Sketch of the medical history of the native army of Bombay, for the year
Year: 1876
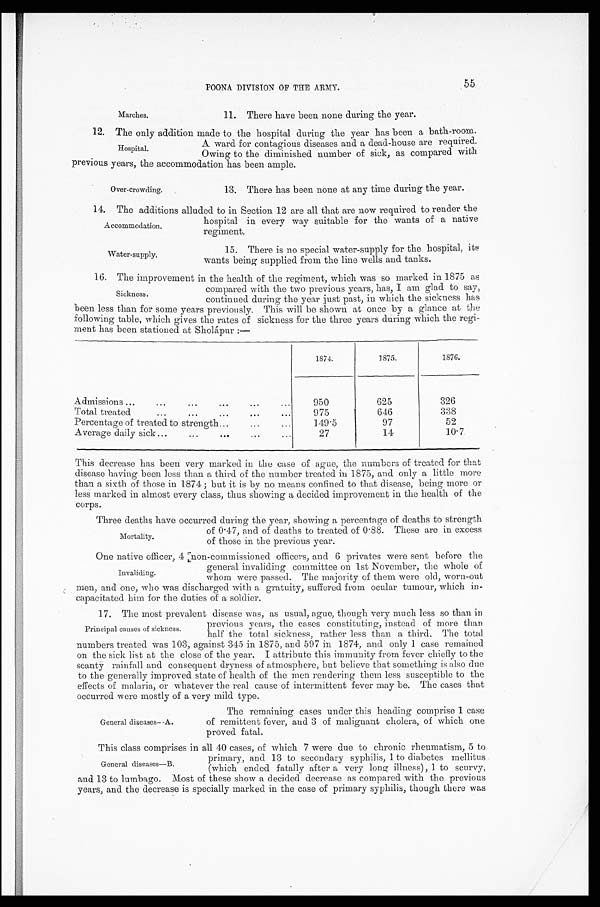
POONA DIVISION OF THE ARMY.
Marches.
11. There have been none during the year.
12. The only addition made to the hospital during the year has been a bath-room.
A ward for contagious diseases and a dead-house are required.
Owing to the diminished number of sick, as compared with
previous years, the accommodation has been ample.
Hospital.
Over-crowding.
13. There has been none at any time during the year.
14. The additions alluded to in Section 12 are all that are now required to render the
hospital in every way suitable for the wants of a native
regiment.
Accommodation.
Water-supply.
15. There is no special water-supply for the hospital, its
wants being supplied from the line wells and tanks.
16. The improvement in the health of the regiment, which was so marked in 1875 as
compared with the two previous years, has, I am glad to say,
continued during the year just past, in which the sickness has
been less than for some years previously. This will be shown at once by a glance at the
following table, which gives the rates of sickness for the three years during which the regi
-ment has been stationed at Sholápur :—
1874.
1875.
1 8 7 6 .
Admissions...
...
...
...
...
...
950
625
326
Total treated
...
...
...
...
...
975
646
338
Percentage of treated to strength...
...
...
149.5
97
52
Average daily sick ...
...
...
27
14
10.7
This decrease has been very marked in the case of ague, the numbers of treated for that
disease having been less than a third of the number treated in 1875, and only a little more
than a sixth of those in 1874 ; but it is by no means confined to that disease, being more or
less marked in almost every class, thus showing a decided improvement in the health of the
corps.
Three deaths have occurred during the year, showing a percentage of deaths to strength
of 0.47, and of deaths to treated of 0.88. These are in excess
of those in the previous year.
One native officer, 4 [non-commissioned officers, and 6 privates were sent before the
general invaliding committee on 1st November, the whole of
whom were passed. The majority of them were old, worn-out
men, and one, who was discharged with a gratuity, suffered from ocular tumour, which in
-capacitated him for the duties of a soldier.
17. The most prevalent disease was, as usual, ague, though very much less so than in
previous years, the cases constituting, instead of more than
half the total sickness, rather less than a third. The total
numbers treated was 103, against 345 in 1875, and 597 in 1874, and only 1 case remained
on the sick list at the close of the year. I attribute this immunity from fever chiefly to the
scanty rainfall and consequent dryness of atmosphere, but believe that something is also due
to the generally improved state of health of the men rendering them less susceptible to the
effects of malaria, or whatever the real cause of intermittent fever may be. The cases that
occurred were mostly of a very mild type.
Sickness.
Mortality.
Invaliding.
Principal causes of sickness.
General diseases—A.
The remaining cases under this heading comprise 1 case
of remittent fever, and 3 of malignant cholera, of which one
proved fatal.
This class comprises in all 40 cases, of which 7 were due to chronic rheumatism, 5 to
primary, and 13 to secondary syphilis, 1 to diabetes mellitus
(which ended fatally after a very long illness), 1 to scurvy,
and 13 to lumbago. Most of these show a decided decrease as compared with the previous
years, and the decrease is specially marked in the case of primary syphilis, though there was
General diseases—B.